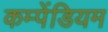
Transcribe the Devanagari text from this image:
कम्पेंडियम